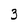
Character: 3